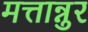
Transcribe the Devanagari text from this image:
मत्तान्नुर